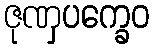
ဇုဏှပက္ခေဝ